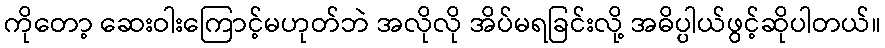
ကိုတော့ ဆေးဝါးကြောင့်မဟုတ်ဘဲ အလိုလို အိပ်မရခြင်းလို့ အဓိပ္ပါယ်ဖွင့်ဆိုပါတယ်။